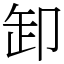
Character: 卸